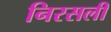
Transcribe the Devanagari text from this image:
निरसली